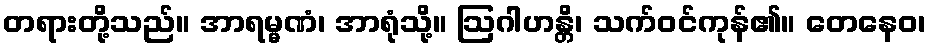
တရားတို့သည်။ အာရမ္မဏံ၊ အာရုံသို့။ ဩဂါဟန္တိ၊ သက်ဝင်ကုန်၏။ တေနေဝ၊